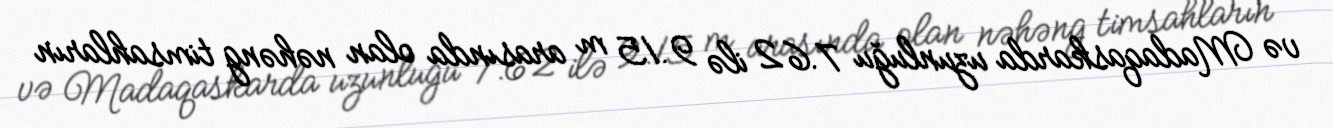
və Madaqaskarda uzunluğu 7.62 ilə 9.15 m arasında olan nəhəng timsahların